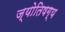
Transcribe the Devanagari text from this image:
ज्योतिषग्य